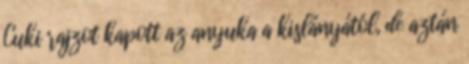
Cuki rajzot kapott az anyuka a kislányától, de aztán